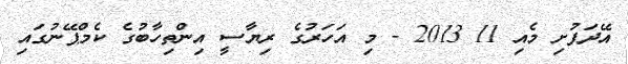
އޭދަފުށި މެއި 11 2013 - މި އަހަރުގެ ރިޔާސީ އިންތިހާބުގެ ކެމްޕޭނުގައި